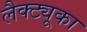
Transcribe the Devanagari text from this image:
लैक्ट्यूका